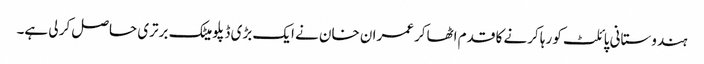
ہندوستانی پائلٹ کو رہا کرنے کا قدم اٹھاکر عمران خان نے ایک بڑی ڈپلومیٹک برتری حاصل کر لی ہے۔